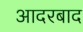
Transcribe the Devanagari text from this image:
आदरबाद